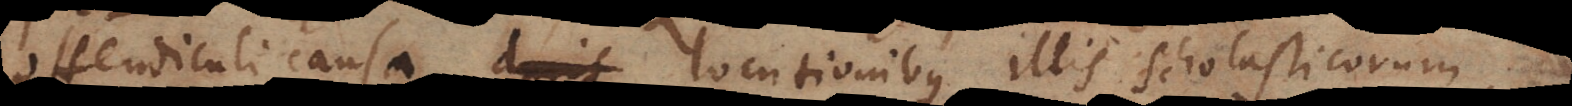
offendiculi causa locutionibus illis scholasticorum